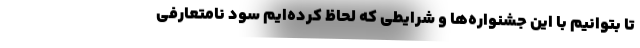
تا بتوانیم با این جشنواره‌ها و شرایطی که لحاظ کرده‌ایم سود نامتعارفی